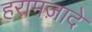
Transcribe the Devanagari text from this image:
हरामज़ादे